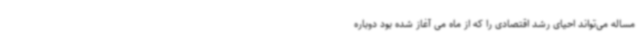
مساله می‌تواند احیای رشد اقتصادی را که از ماه می آغاز شده بود دوباره